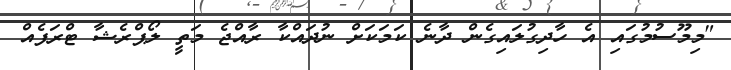
"މިމޫސުމުގައި އެ ހާދިގުލައިގެން ދާނެ ކަމަކަށް ނުދައްކާ ރާއްޖެ މަތީ ލޯޕްރެޝާ ޓްރަފެއް